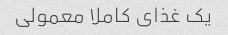
یک غذاى کاملا معمولى